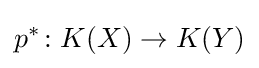
p^{*}\colon K(X)\rightarrow K(Y)